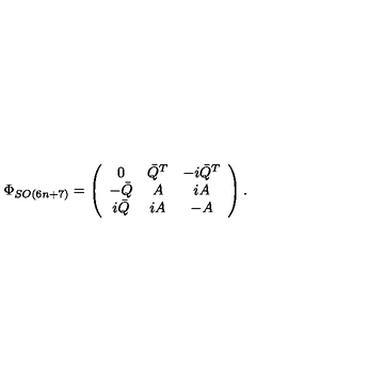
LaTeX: \Phi _ { S O ( 6 n + 7 ) } = \left( \begin{array} { c c c } { 0 } & { \bar { Q } ^ { T } } & { - i \bar { Q } ^ { T } } \\ { - \bar { Q } } & { A } & { i A } \\ { i \bar { Q } } & { i A } & { - A } \\ \end{array} \right) .